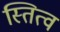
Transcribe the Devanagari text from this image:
स्तित्व